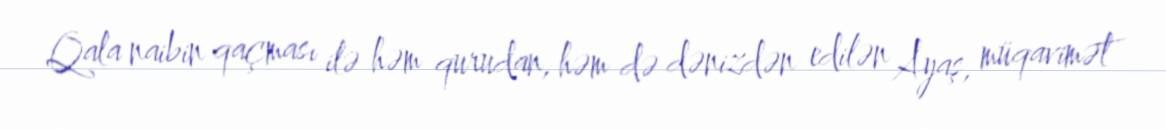
Qala naibin qaçması ilə həm qurudan, həm də dənizdən edilən Ayaş, müqavimət